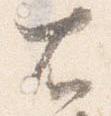
右